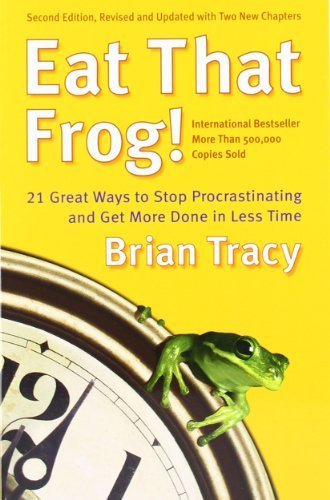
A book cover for Eat That Frog!: 21 Great Ways to Stop Procrastinating and Get More Done in Less Time 2nd (second) Edition by Tracy, Brian published by Berrett-Koehler Publishers (2007); Business & Money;